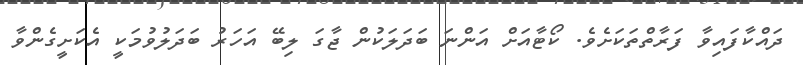
ދައްކާފައިވާ ފަރާތްތަކަށެވެ. ކޯޓާއަށް އަންނަ ބަދަލަކުން ޖާގަ ލިބޭ އަހަރު ބަދަލުވުމަކީ އެކަށީގެންވާ